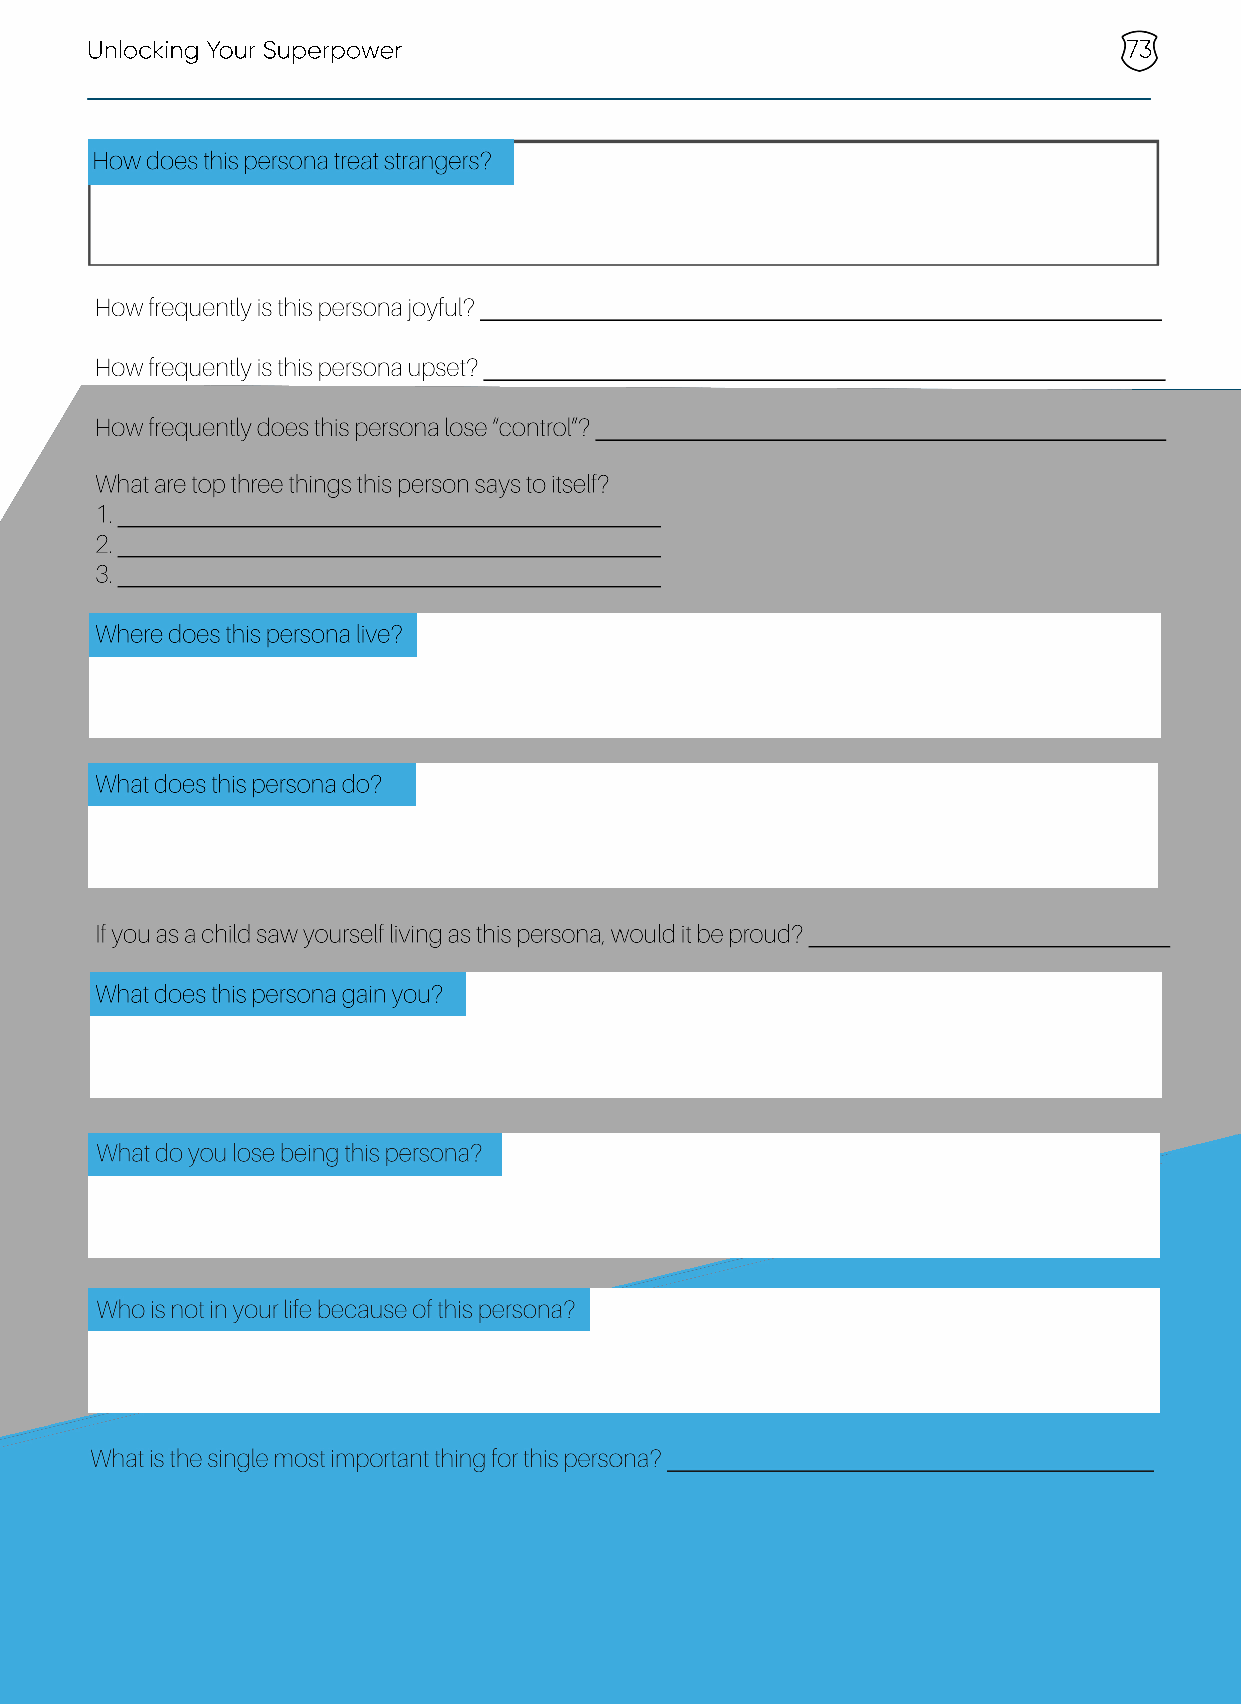
Unlocking Your Superpower                                            73